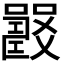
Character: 𡄉